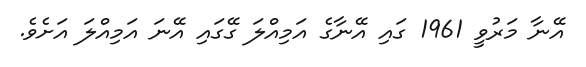
އޭނާ މަރުވީ 1961 ގައި އޭނާގެ އަމިއްލަ ގޭގައި އޭނަ އަމިއްލަ އަށެވެ.